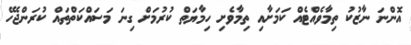
އޮންނަ ނާޒުކު ތިމާވެއްޓެއް ކަމަށާއި ތިމާވެށި ހިމާޔަތް ކުރުމަށް ގިނަ މަސައްކަތްތައް ކުރަންޖެހޭ